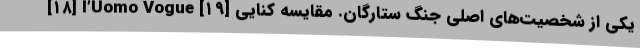
[۱۸] l’Uomo Vogue [۱۹] یکی از شخصیت‌های اصلی جنگ ستارگان. مقایسه کنایی